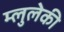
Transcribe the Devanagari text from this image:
म्लुलेकी